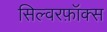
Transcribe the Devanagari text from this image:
सिल्वरफ़ॉक्स